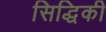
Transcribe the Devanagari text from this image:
सिद्धिकी